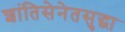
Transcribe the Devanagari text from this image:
शांतिसेनेतसुद्धा